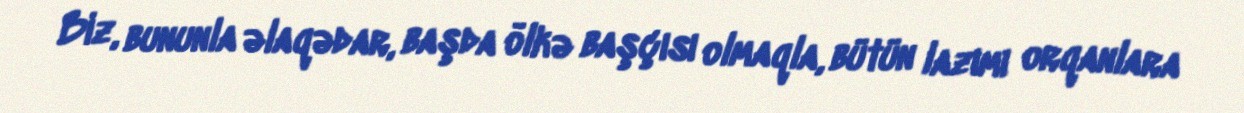
Biz, bununla əlaqədar, başda ölkə başçısı olmaqla, bütün lazımı orqanlara